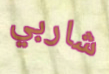
شاربي